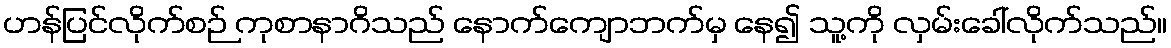
ဟန်ပြင်လိုက်စဉ် ကုစာနာဂိသည် နောက်ကျောဘက်မှ နေ၍ သူ့ကို လှမ်းခေါ်လိုက်သည်။